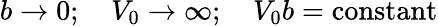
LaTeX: b\to 0;\quad V_{0}\to\infty;\quad V_{0}b=\mathrm{constant}